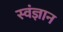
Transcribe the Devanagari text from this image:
स्वंज्ञान